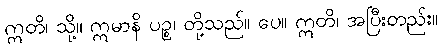
ဣတိ၊ သို့။ ဣမာနိ ပဉ္စ၊ တို့သည်။ ပေ။ ဣတိ၊ အပြီးတည်း။